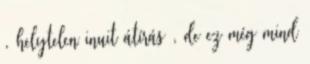
, helytelen inuit átírás , de ez még mind